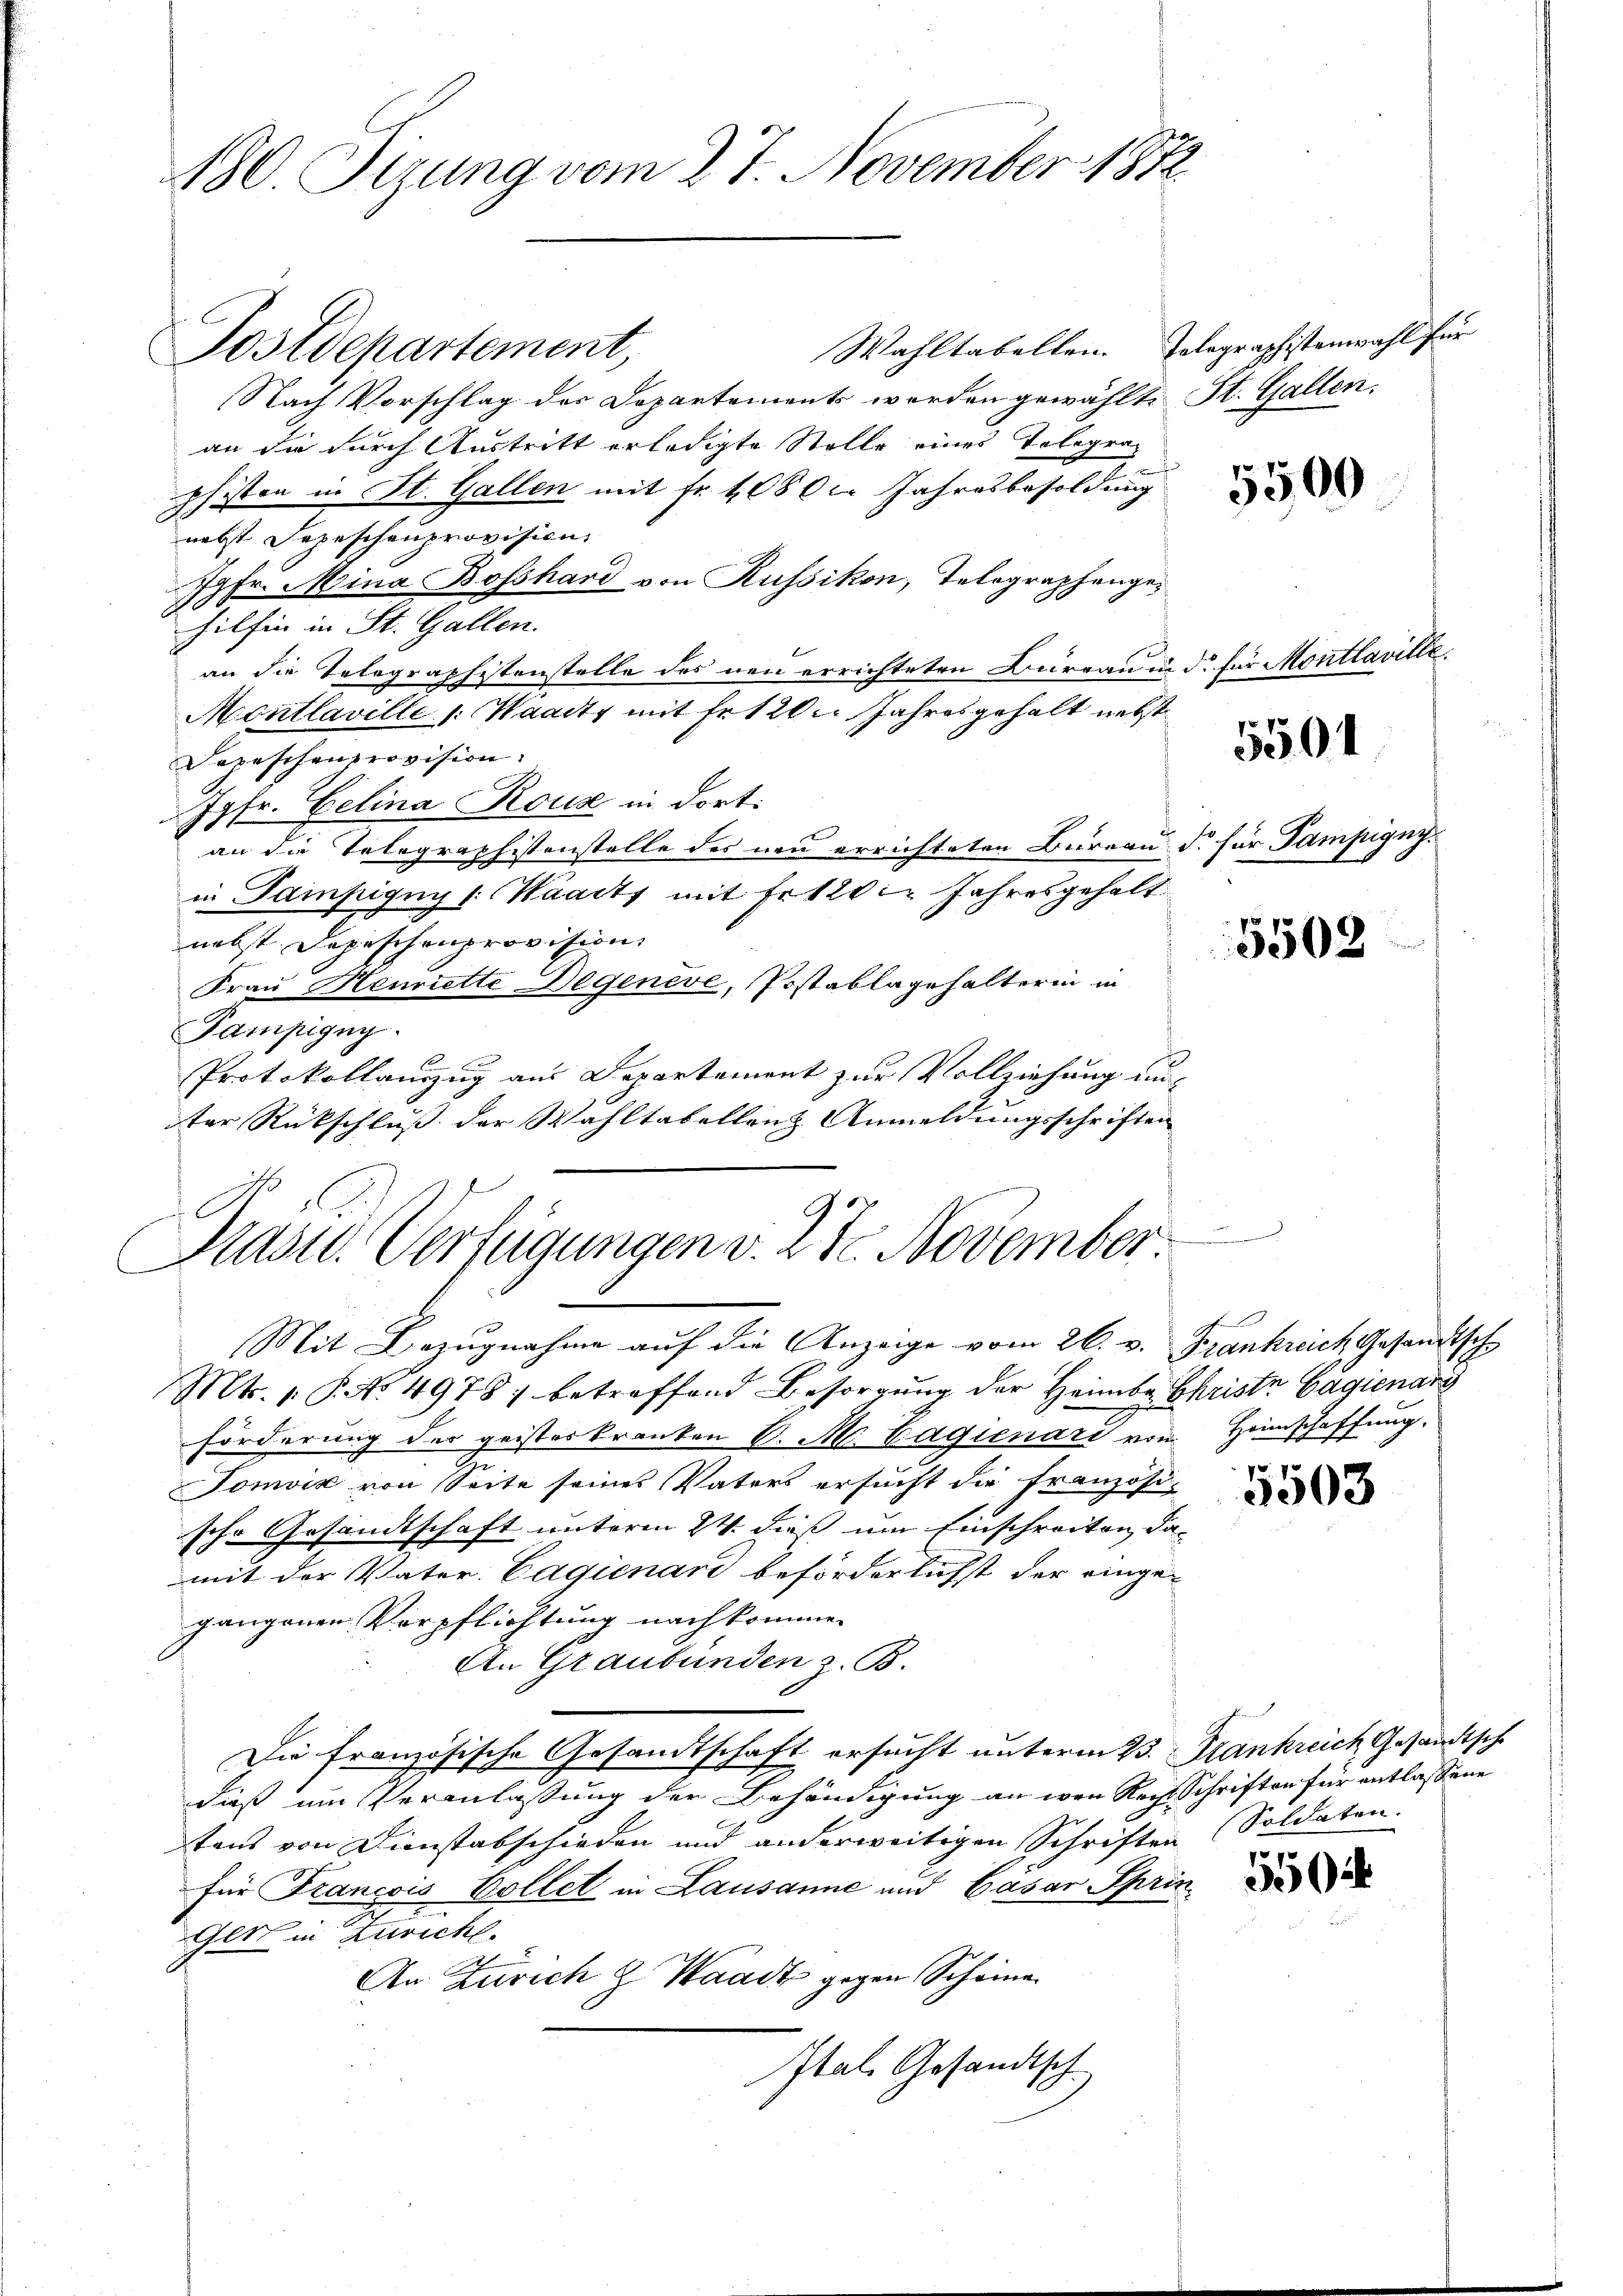
180. Serung vom 27. November 1872

Wahltabellen. Telegraphistenwahl für
Nach Vorschlag der Departements werden gewählte St. Gallen.
an da durch Austritt erledigte Stelle eines Telegraphisten in St. Gallen mit Fr. 4 080 c. Jahresbesoldung
nebst Depeschenprovision,
Jgfr. Mina Bosshard von Russikon, Tolographenge¬
J
hilfen in St. Gallen.
an die Telegraphistenstelle des neu errichteten Bureau in de für Montlaville.
Montlaville (: Waadt mit Fr. 120. Jahres gehalt nebst
Depeschenprovision.
Jgfr. Zelina Rous in dort.
an die Telegraphistenstelle des neu errichteten Bureau d. für Dampigny-
in Gampigny (Waadt mit Freie Jahresgehalt
nebst Depeschenprovision
Frau Henriette Degeneve, Postablagehalterin in
Tampigny
Protokollauszug aus Departement zur Vollziehung un-
ter Rückschluß der Wahltabellenz Anmeldungsschriften
Prast. Verfügungen v. 27. November

Postdepartement,

Mit Bezugnahme auf die Anzeige vom 26. v. Frankreich Gesandtsch

Mts. 1. P. No. 4978) betreffend Besorgung der Heimbe Christe Gagienang
förderung der geisteskranken v. M. Cagienari von Heimschaffung.
Tomvik von Seite seines Vaters ersucht die französi-
sche Gesandtschaft unterm 24. dieß um Einschreiten, damit der Vater: Cagienand beförderlichst der eingegangenen Verpflichtung nachkommen
An Graubünden z. B.
Die französische Gesandtschaft ersucht unterm 23. Frankreich Gesandtsch
daß um Veranlassung der Behändigung an wen Recht Schriften für entlassene
tens von Dienstabschieden und anderweitigen Schriften (Soldaten.
für François Vollet in Lausanne und Gasar Sprin¬
Gert in Zuricht.
An Zürich & Waadt gegen Scheina
Ital. Gesandtsch

5500

5501

5502

5503

550